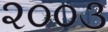
૨૦૦૩